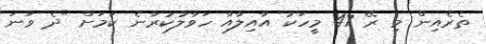
ތެރެއިން މި ރޭ 47 މީހަކު އާއިލާއާ ހަވާލުކުރާނެ ކަމަށް "ދެ ވަނަ